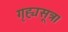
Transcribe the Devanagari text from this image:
गृह्यसूत्र।